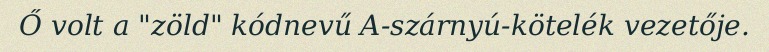
Ő volt a "zöld" kódnevű A-szárnyú-kötelék vezetője.